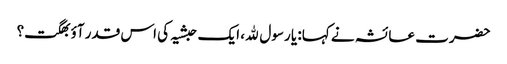
حضرت عائشہ نے کہا: یا رسول ﷲ، ایک حبشیہ کی اس قدر آؤبھگت؟